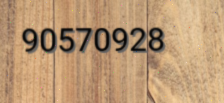
90570928